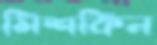
মিশকিন